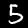
Digit: 5